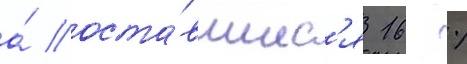
а́ оста́вшиес'я 16 %